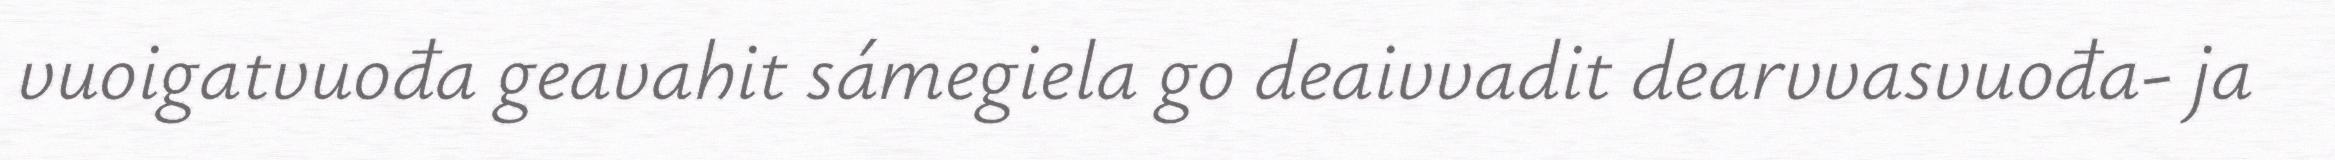
vuoigatvuođa geavahit sámegiela go deaivvadit dearvvasvuođa- ja